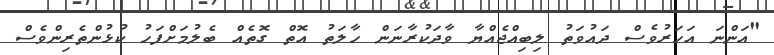
"އަންނަ އަހަރުވެސް ދައުވަތު ލިބިއްޖެއްޔާ ވާދަކުރާނަން ހާލަތު އޮތް ގޮތެއް ބެލުމަށްފަހު ކުޅުންތެރިންވެސް